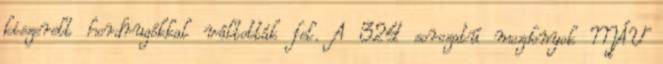
kiszerelt hordrugókkal váltották fel. A 324 sorozatú mozdonyok MÁV